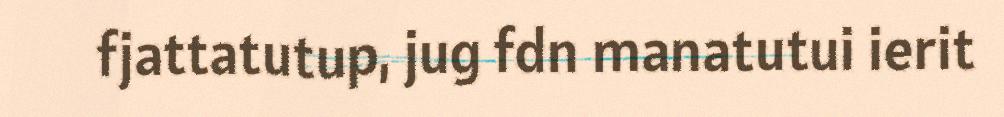
fjattatutup, jug fdn manatutui ierit